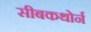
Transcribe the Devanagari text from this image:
सीबकथोर्न